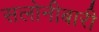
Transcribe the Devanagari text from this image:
सलोनीबारी